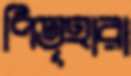
পিতৃহারা